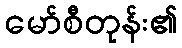
မော်စီတုန်း၏